Lunatic asylums Central Provinces reports 1886-1894 - 1886-1894
Year: 1886
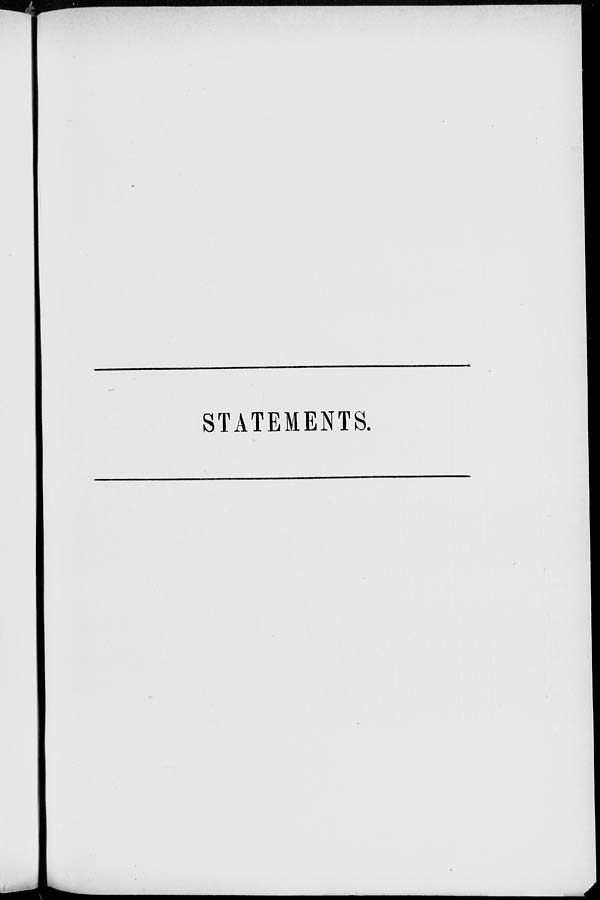
STATEMENTS.